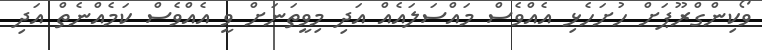
ވޯކިންގްރޫޕަށް ހުށަހެޅި އެއްވެސް މައްސަލައެއް އަދި މިވީތަނަށް ވީ އެއްވެސް ކަމެއްނެތް އަދި